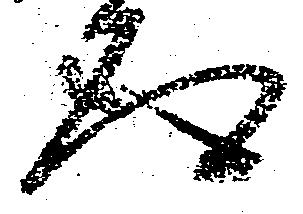
道